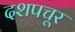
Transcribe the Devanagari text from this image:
दशपचूर